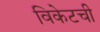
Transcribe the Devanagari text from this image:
विकेटची